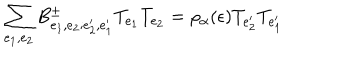
\sum _ { e _ { 1 } , e _ { 2 } } B _ { e _ { 1 } , e _ { 2 } ; e _ { 2 } ^ { \prime } , e _ { 1 } ^ { \prime } } ^ { \pm } T _ { e _ { 1 } } T _ { e _ { 2 } } = \rho _ { \alpha } ( \epsilon ) T _ { e _ { 2 } ^ { \prime } } T _ { e _ { 1 } ^ { \prime } }